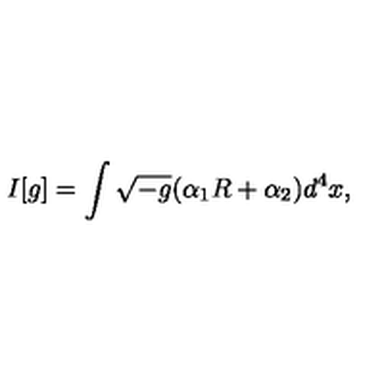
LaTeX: I [ g ] = \int \sqrt { - g } ( \alpha _ { 1 } R + \alpha _ { 2 } ) d ^ { 4 } x ,